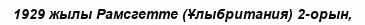
1929 жылы Рамсгетте (Ұлыбритания) 2-орын,